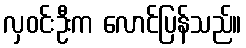
လှဝင်းဦးက လောင်ပြန်သည်။